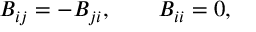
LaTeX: B _ { i j } = - B _ { j i } , \qquad B _ { i i } = 0 ,